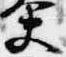
夫